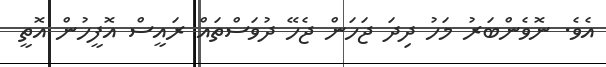
އެވެ. ނޮވެންބަރު މަހު ދިދަ ޖަހަން ޖެހޭ ދުވަސްތައް ރައީސް އޮފީހުން އޮތީ